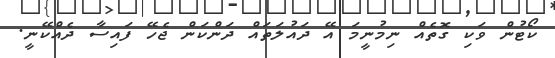
ކޯޓުން ވަކި ގޮތެއް ނިމުނީމަ އޭ ދައުލަތައް ދަންކަން ޖެހޭ ފައިސާ ދެއްކޭނީ.